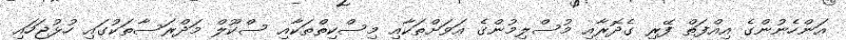
އަންހެނުންގެ އިއްފަތް ފޭރި ގެދޮރާއި މުސްލިމުންގެ އަވަށްތަކާއި މިސްކިތްތަކާއި ސްކޫލް މަދްރަސާތަކުގައި ހުޅުޖަހައި